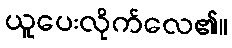
ယူပေးလိုက်လေ၏။